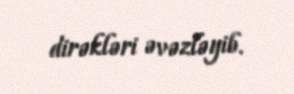
dirəkləri əvəzləyib.